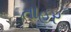
તાહર